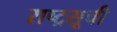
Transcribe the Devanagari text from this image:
राष्ट्रसूची